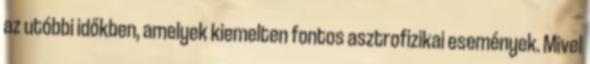
az utóbbi időkben, amelyek kiemelten fontos asztrofizikai események. Mivel